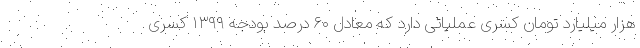
هزار میلیارد تومان کسری عملیاتی دارد که معادل ۶۰ درصد بودجه ۱۳۹۹ کسری